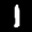
Label: 1